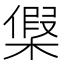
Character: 𣘟